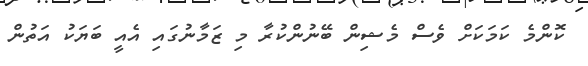
ކޮންމެ ކަމަކަށް ވެސް މެޝިން ބޭނުންކުރާ މި ޒަމާނުގައި އެއީ ބަޔަކު އަތުން